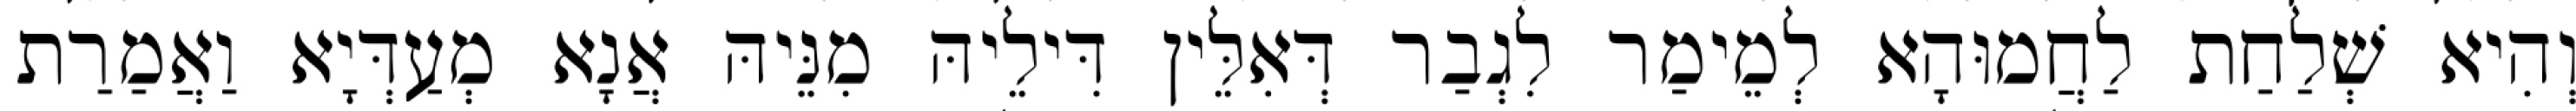
וְהִיא שְׁלַחַת לַחֲמוּהָא לְמֵימַר לִגְבַר דְּאִלֵּין דִּילֵיהּ מִנֵּיהּ אֲנָא מְעַדְּיָא וַאֲמַרַת